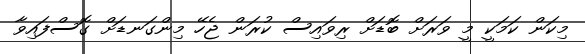
މިކަން ކަމަކީ މީ ވަރަށް ބޮޑަށް ރިވައިސް ކުރަން ޖެހޭ މިންގަނޑަށް ގޮސްފައިވާ